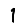
Digit: 1